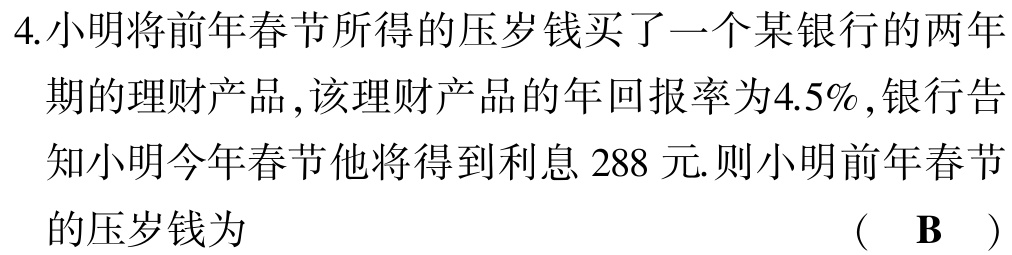
4.小明将前年春节所得的压岁钱买了一个某银行的两年期的理财产品,该理财产品的年回报率为4.5%,银行告知小明今年春节他将得到利息 288 元.则小明前年春节的压岁钱为
( B )